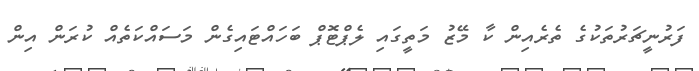
ފަރުނީޗަރުތަކުގެ ތެރެއިން ކާ މޭޒު މަތީގައި ލެޕްޓޮޕް ބަހައްޓައިގެން މަސައްކަތެއް ކުރަން އިން